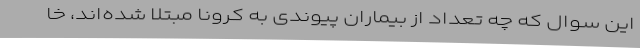
این سوال که چه تعداد از بیماران پیوندی به کرونا مبتلا شده‌اند، خا